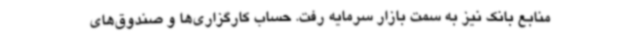
منابع بانک نیز به سمت بازار سرمایه رفت. حساب کارگزاری‌ها و صندوق‌های